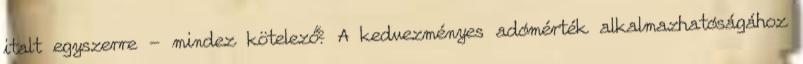
italt egyszerre - mindez kötelező? A kedvezményes adómérték alkalmazhatóságához